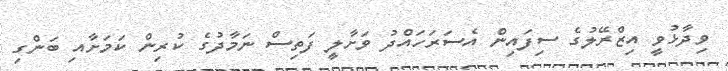
ވިދާޅުވީ އިޒްރޭލުގެ ސިފައިން އެސަރަހައްދު ވަށާލީ ފަތިސް ނަމާދުގެ ކުރިން ކަމަށާއި ބަންގި